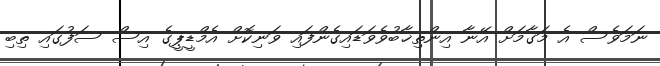
ނަމަވެސް އެ މަގާމަށް އޭނާ އިންތިޚާބުވެވަަޑައިގެންފައި ވަނިކޮށް އެމްޑީޕީގެ އިސް ސަފުގައި ތިބި